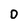
Character: D